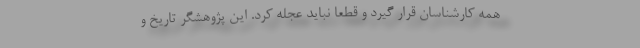
همه کارشناسان قرار گیرد و قطعا نباید عجله کرد. این پژوهشگر تاریخ و